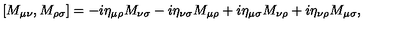
\protect [ M _ { \mu \nu } , M _ { \rho \sigma } ] = - i \eta _ { \mu \rho } M _ { \nu \sigma } - i \eta _ { \nu \sigma } M _ { \mu \rho } + i \eta _ { \mu \sigma } M _ { \nu \rho } + i \eta _ { \nu \rho } M _ { \mu \sigma } ,